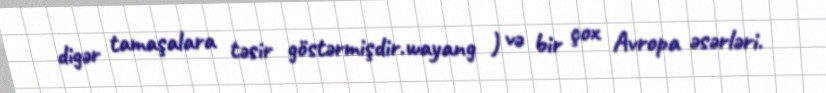
digər tamaşalara təsir göstərmişdir.wayang ) və bir çox Avropa əsərləri.